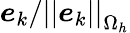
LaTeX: \boldsymbol{e}_{k}/\left|\left|\boldsymbol{e}_{k}\right|\right|_{\Omega_{h}}